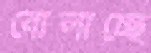
বোলাচ্ছে